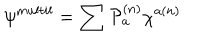
LaTeX: \psi ^ { m u l t i l } = \sum { \cal { P } } _ { a } ^ { ( n ) } \chi ^ { a ( n ) }